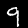
Digit: 9